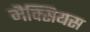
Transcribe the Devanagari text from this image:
मैक्सियस